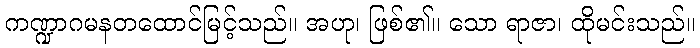
ကဏ္ဍာဂမနတထောင်မြင့်သည်။ အဟု၊ ဖြစ်၏။ သော ရာဇာ၊ ထိုမင်းသည်။